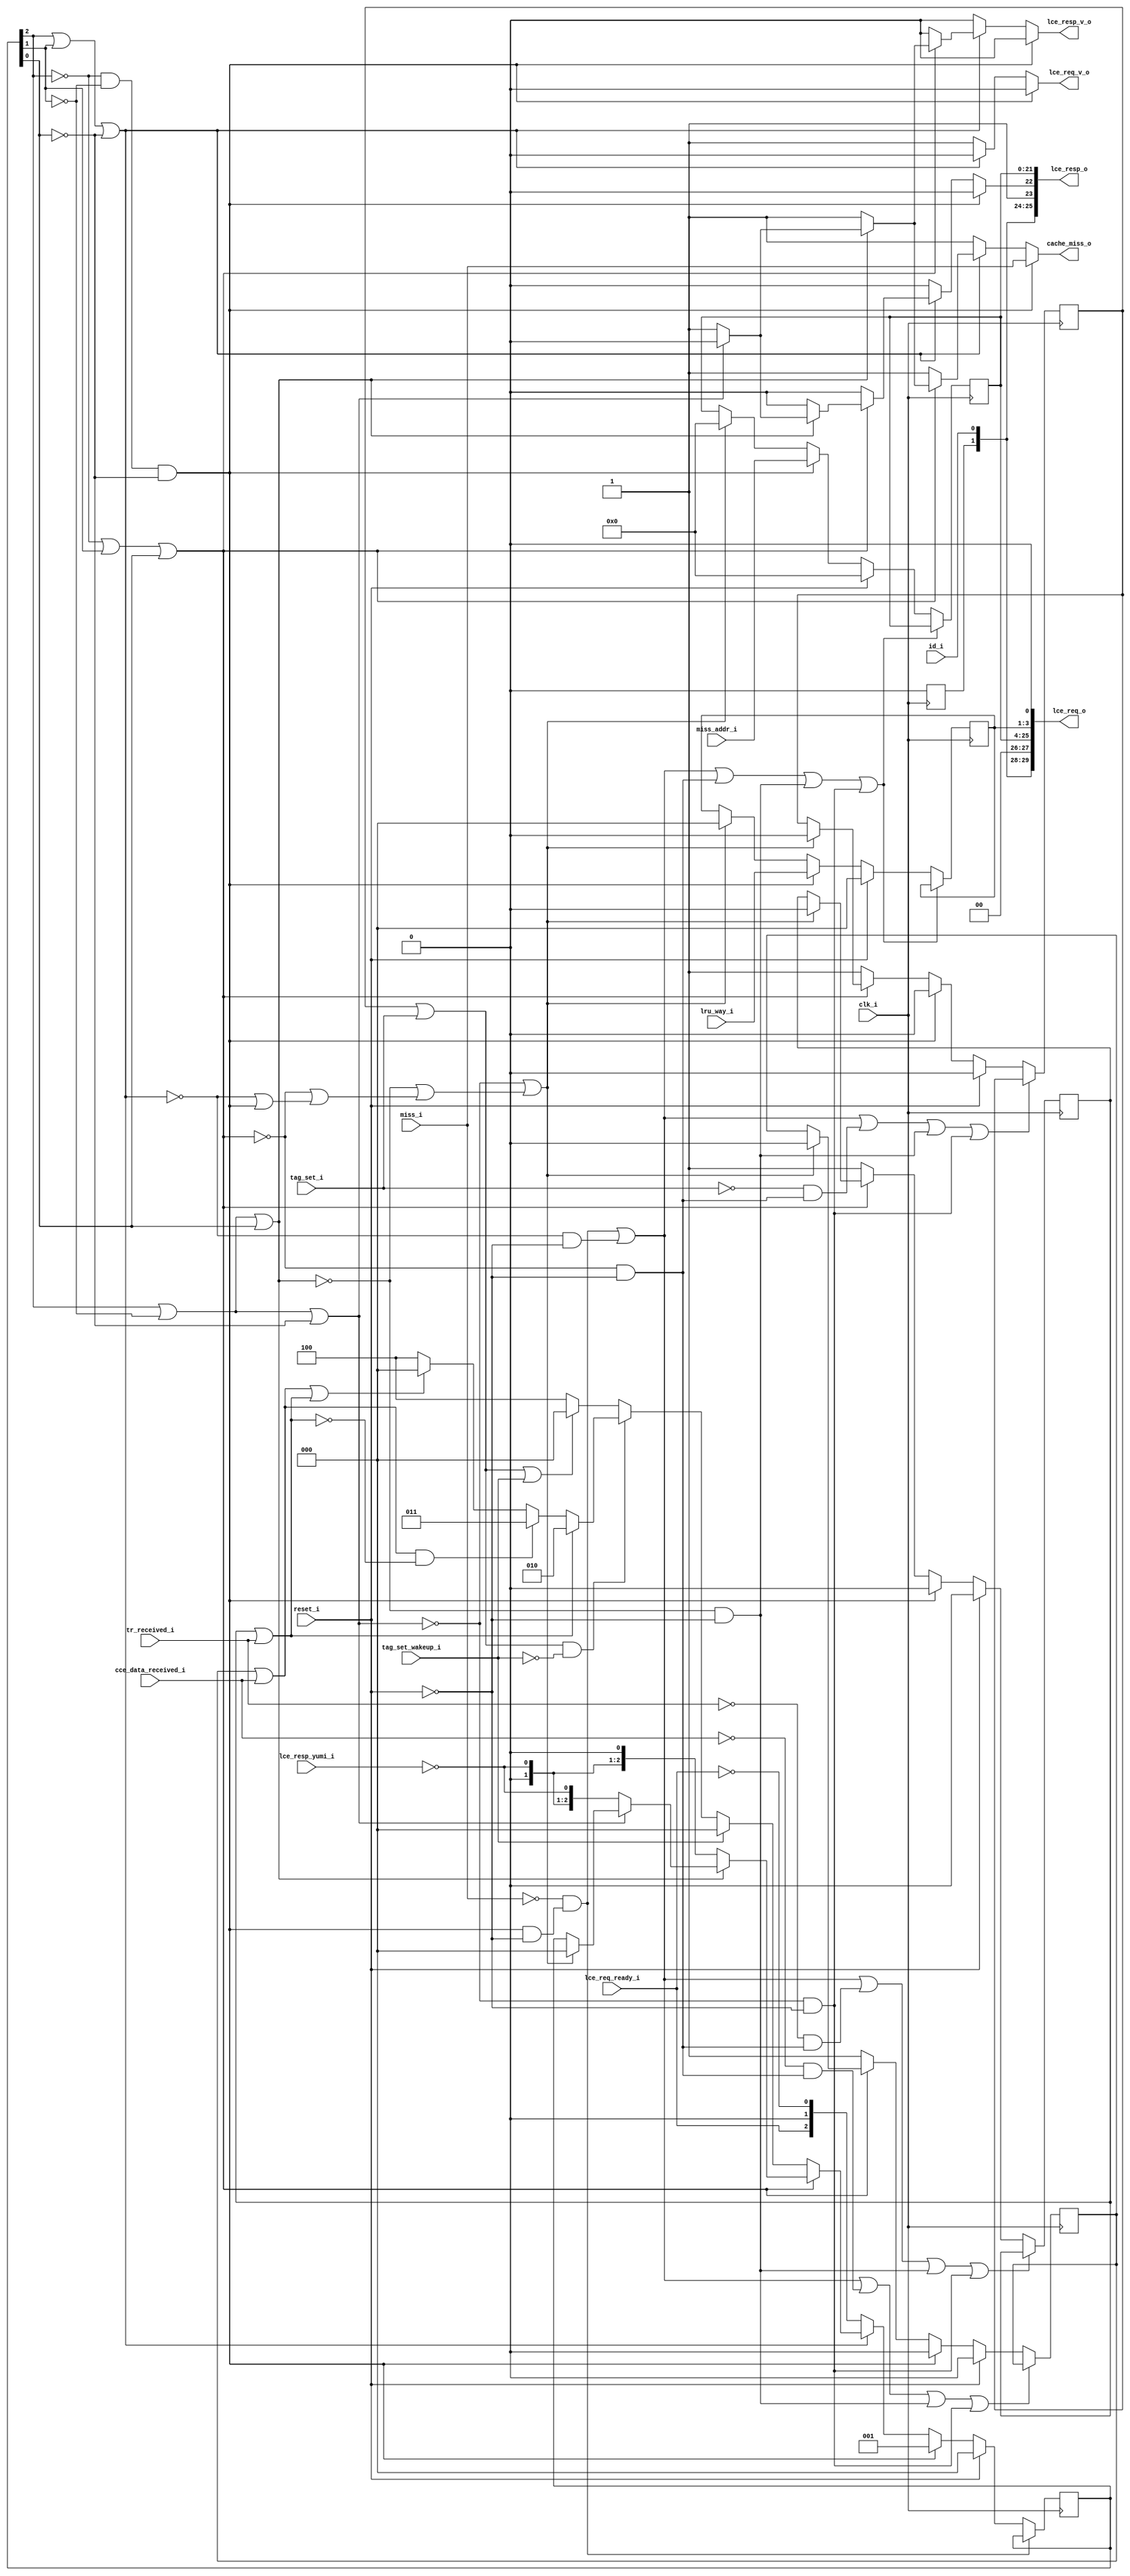
module bp_fe_lce_req_data_width_p64_lce_addr_width_p22_num_cce_p1_num_lce_p2_lce_sets_p64_ways_p8_block_size_in_bytes_p8
(
  clk_i,
  reset_i,
  id_i,
  miss_i,
  miss_addr_i,
  lru_way_i,
  cache_miss_o,
  tr_received_i,
  cce_data_received_i,
  tag_set_i,
  tag_set_wakeup_i,
  lce_req_o,
  lce_req_v_o,
  lce_req_ready_i,
  lce_resp_o,
  lce_resp_v_o,
  lce_resp_yumi_i
);

  input [0:0] id_i;
  input [21:0] miss_addr_i;
  input [2:0] lru_way_i;
  output [29:0] lce_req_o;
  output [25:0] lce_resp_o;
  input clk_i;
  input reset_i;
  input miss_i;
  input tr_received_i;
  input cce_data_received_i;
  input tag_set_i;
  input tag_set_wakeup_i;
  input lce_req_ready_i;
  input lce_resp_yumi_i;
  output cache_miss_o;
  output lce_req_v_o;
  output lce_resp_v_o;
  wire cache_miss_o,lce_req_v_o,lce_resp_v_o,N0,N1,N2,N3,N4,N5,N6,N7,N8,tr_received_n,
  cce_data_received_n,tag_set_n,N9,N10,N11,N12,N13,N14,N15,N16,N17,N18,N19,N20,N21,
  N22,N23,N24,N25,N26,N27,N28,N29,N30,N31,N32,N33,N34,N35,N36,N37,N38,N39,N40,N41,
  N42,N43,N44,N45,N46,N47,N48,N49,N50,N51,N52,N53,N54,N55,N56,N57,N58,N59,N60,N61,
  N62,N63,N64,N65,N66,N67,N68,N69,N70,N71,N72,N73,N74,N75,N76,N77,N78,N79,N80,N81,
  N82,N83,N84,N85,N86,N87,N88,N89,N90,N91,N92,N93,N94,N95,N96,N97,N98,N99,N100,
  N101,N102,N103,N104,N105,N106,N107,N108,N109,N110,N111,N112;
  wire [2:0] state_n,lru_way_n;
  wire [21:0] miss_addr_n;
  reg [25:0] lce_resp_o;
  reg [29:0] lce_req_o;
  reg [2:0] state_r;
  reg tr_received_r,cce_data_received_r,tag_set_r;
  assign lce_resp_o[23] = 1'b1;
  assign lce_req_o[29] = lce_resp_o[25];
  assign lce_req_o[25] = lce_resp_o[21];
  assign lce_req_o[24] = lce_resp_o[20];
  assign lce_req_o[23] = lce_resp_o[19];
  assign lce_req_o[22] = lce_resp_o[18];
  assign lce_req_o[21] = lce_resp_o[17];
  assign lce_req_o[20] = lce_resp_o[16];
  assign lce_req_o[19] = lce_resp_o[15];
  assign lce_req_o[18] = lce_resp_o[14];
  assign lce_req_o[17] = lce_resp_o[13];
  assign lce_req_o[16] = lce_resp_o[12];
  assign lce_req_o[15] = lce_resp_o[11];
  assign lce_req_o[14] = lce_resp_o[10];
  assign lce_req_o[13] = lce_resp_o[9];
  assign lce_req_o[12] = lce_resp_o[8];
  assign lce_req_o[11] = lce_resp_o[7];
  assign lce_req_o[10] = lce_resp_o[6];
  assign lce_req_o[9] = lce_resp_o[5];
  assign lce_req_o[8] = lce_resp_o[4];
  assign lce_req_o[7] = lce_resp_o[3];
  assign lce_req_o[6] = lce_resp_o[2];
  assign lce_req_o[5] = lce_resp_o[1];
  assign lce_req_o[4] = lce_resp_o[0];
  assign lce_req_o[0] = 1'b0;
  assign lce_req_o[26] = 1'b0;
  assign lce_req_o[27] = 1'b0;
  assign lce_req_o[28] = id_i[0];
  assign lce_resp_o[24] = id_i[0];
  assign N15 = N12 & N13;
  assign N16 = N15 & N14;
  assign N17 = state_r[2] | state_r[1];
  assign N18 = N17 | N14;
  assign N20 = N12 | state_r[1];
  assign N21 = N20 | state_r[0];
  assign N23 = state_r[2] | N13;
  assign N24 = N23 | state_r[0];
  assign N26 = state_r[2] | N13;
  assign N27 = N26 | N14;
  assign { N40, N39, N38 } = (N0)? { 1'b0, 1'b1, 1'b0 } :
                             (N53)? { 1'b0, 1'b1, 1'b1 } :
                             (N37)? { 1'b1, 1'b0, 1'b0 } : 1'b0;
  assign N0 = N9;
  assign { N43, N42, N41 } = (N1)? { 1'b0, 1'b0, 1'b0 } :
                             (N51)? { N40, N39, N38 } :
                             (N35)? { 1'b1, 1'b0, 1'b0 } : 1'b0;
  assign N1 = tag_set_wakeup_i;
  assign cache_miss_o = (N2)? miss_i :
                        (N3)? 1'b1 :
                        (N4)? 1'b1 :
                        (N5)? 1'b1 :
                        (N6)? 1'b1 :
                        (N49)? 1'b0 : 1'b0;
  assign N2 = N16;
  assign N3 = N19;
  assign N4 = N22;
  assign N5 = N25;
  assign N6 = N28;
  assign state_n = (N2)? { 1'b0, 1'b0, 1'b1 } :
                   (N3)? { lce_req_ready_i, 1'b0, N30 } :
                   (N4)? { N43, N42, N41 } :
                   (N5)? { 1'b0, N44, 1'b0 } :
                   (N6)? { 1'b0, N44, N44 } :
                   (N49)? state_r : 1'b0;
  assign miss_addr_n = (N2)? miss_addr_i :
                       (N49)? lce_resp_o[21:0] : 1'b0;
  assign lru_way_n = (N2)? lru_way_i :
                     (N49)? lce_req_o[3:1] : 1'b0;
  assign tr_received_n = (N2)? 1'b0 :
                         (N4)? 1'b1 :
                         (N49)? tr_received_r : 1'b0;
  assign cce_data_received_n = (N2)? 1'b0 :
                               (N4)? 1'b1 :
                               (N49)? cce_data_received_r : 1'b0;
  assign tag_set_n = (N2)? 1'b0 :
                     (N4)? 1'b1 :
                     (N49)? tag_set_r : 1'b0;
  assign lce_req_v_o = (N2)? 1'b0 :
                       (N3)? 1'b1 :
                       (N4)? 1'b0 :
                       (N5)? 1'b0 :
                       (N6)? 1'b0 :
                       (N49)? 1'b0 : 1'b0;
  assign lce_resp_v_o = (N2)? 1'b0 :
                        (N3)? 1'b0 :
                        (N4)? 1'b0 :
                        (N5)? 1'b1 :
                        (N6)? 1'b1 :
                        (N49)? 1'b0 : 1'b0;
  assign lce_resp_o[22] = (N2)? 1'b0 :
                          (N3)? 1'b0 :
                          (N4)? 1'b0 :
                          (N5)? 1'b0 :
                          (N6)? 1'b1 :
                          (N49)? 1'b0 : 1'b0;
  assign { N57, N56, N55 } = (N7)? { 1'b0, 1'b0, 1'b0 } :
                             (N8)? state_n : 1'b0;
  assign N7 = reset_i;
  assign N8 = N54;
  assign { N79, N78, N77, N76, N75, N74, N73, N72, N71, N70, N69, N68, N67, N66, N65, N64, N63, N62, N61, N60, N59, N58 } = (N7)? { 1'b0, 1'b0, 1'b0, 1'b0, 1'b0, 1'b0, 1'b0, 1'b0, 1'b0, 1'b0, 1'b0, 1'b0, 1'b0, 1'b0, 1'b0, 1'b0, 1'b0, 1'b0, 1'b0, 1'b0, 1'b0, 1'b0 } :
                                                                                                                            (N8)? miss_addr_n : 1'b0;
  assign N80 = (N7)? 1'b0 :
               (N8)? tr_received_n : 1'b0;
  assign N81 = (N7)? 1'b0 :
               (N8)? cce_data_received_n : 1'b0;
  assign N82 = (N7)? 1'b0 :
               (N8)? tag_set_n : 1'b0;
  assign { N85, N84, N83 } = (N7)? { 1'b0, 1'b0, 1'b0 } :
                             (N8)? lru_way_n : 1'b0;
  assign N9 = tr_received_r | tr_received_i;
  assign N10 = cce_data_received_r | cce_data_received_i;
  assign N11 = tag_set_r | tag_set_i;
  assign N12 = ~state_r[2];
  assign N13 = ~state_r[1];
  assign N14 = ~state_r[0];
  assign N19 = ~N18;
  assign N22 = ~N21;
  assign N25 = ~N24;
  assign N28 = ~N27;
  assign N29 = ~miss_i;
  assign N30 = ~lce_req_ready_i;
  assign N31 = ~tr_received_i;
  assign N32 = ~cce_data_received_i;
  assign N33 = ~tag_set_i;
  assign N34 = N11 | tag_set_wakeup_i;
  assign N35 = ~N34;
  assign N36 = N10 | N9;
  assign N37 = ~N36;
  assign N44 = ~lce_resp_yumi_i;
  assign N45 = N19 | N16;
  assign N46 = N22 | N45;
  assign N47 = N25 | N46;
  assign N48 = N28 | N47;
  assign N49 = ~N48;
  assign N50 = ~tag_set_wakeup_i;
  assign N51 = N11 & N50;
  assign N52 = ~N9;
  assign N53 = N10 & N52;
  assign N54 = ~reset_i;
  assign N86 = N16 & N54;
  assign N87 = N29 & N86;
  assign N88 = N19 & N54;
  assign N89 = N87 | N88;
  assign N90 = N22 & N54;
  assign N91 = N89 | N90;
  assign N92 = N25 & N54;
  assign N93 = N91 | N92;
  assign N94 = N28 & N54;
  assign N95 = N93 | N94;
  assign N96 = ~N95;
  assign N97 = ~N87;
  assign N98 = N31 & N90;
  assign N99 = N89 | N98;
  assign N100 = N99 | N92;
  assign N101 = N100 | N94;
  assign N102 = ~N101;
  assign N103 = N32 & N90;
  assign N104 = N89 | N103;
  assign N105 = N104 | N92;
  assign N106 = N105 | N94;
  assign N107 = ~N106;
  assign N108 = N33 & N90;
  assign N109 = N89 | N108;
  assign N110 = N109 | N92;
  assign N111 = N110 | N94;
  assign N112 = ~N111;

  always @(posedge clk_i) begin
    if(1'b1) begin
      { lce_resp_o[25:25] } <= { 1'b0 };
    end
    if(N96) begin
      { lce_req_o[3:1] } <= { N85, N84, N83 };
      { lce_resp_o[21:0] } <= { N79, N78, N77, N76, N75, N74, N73, N72, N71, N70, N69, N68, N67, N66, N65, N64, N63, N62, N61, N60, N59, N58 };
    end
    if(N97) begin
      { state_r[2:0] } <= { N57, N56, N55 };
    end
    if(N102) begin
      tr_received_r <= N80;
    end
    if(N107) begin
      cce_data_received_r <= N81;
    end
    if(N112) begin
      tag_set_r <= N82;
    end
  end


endmodule